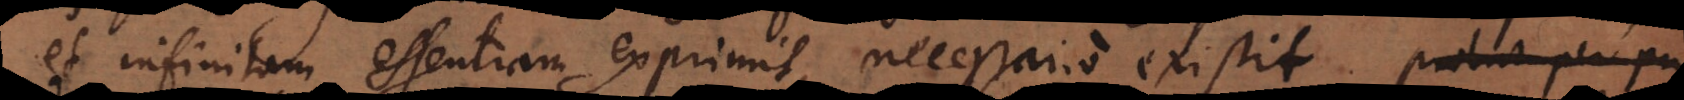
et infinitam essentiam exprimit, necessario existit. Probat per